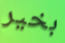
بخير